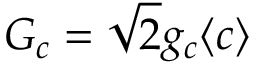
G _ { c } = \sqrt { 2 } g _ { c } \langle c \rangle